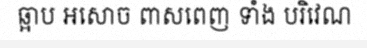
ឆ្អាប អសោច ពាសពេញ ទាំង បរិវេណ